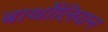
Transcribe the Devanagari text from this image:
बार्थोलियन